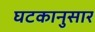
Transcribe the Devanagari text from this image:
घटकानुसार